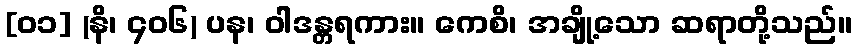
[၀၁] (နိ၊ ၄၀၆) ပန၊ ဝါဒန္တရကား။ ကေစိ၊ အချို့သော ဆရာတို့သည်။